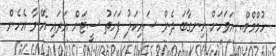
ހުމްމްމް.. އަވަހަށް ހިނގާބަ ދެން ސައިކަލު ފަހަތު ސީޓަށް އަރައި އޭނާ އެހެން